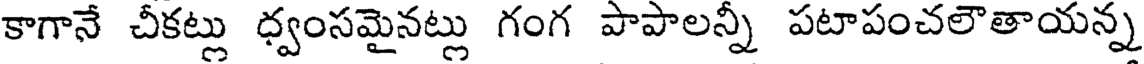
కాగానే చీకట్లు ధ్వంసమైనట్లు గంగ పాపాలన్నీ పటాపంచలౌతాయన్న